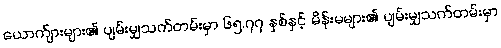
ယောက်ျားများ၏ ပျမ်းမျှသက်တမ်းမှာ ၆၅.၇၇ နှစ်နှင့် မိန်းမများ၏ ပျမ်းမျှသက်တမ်းမှာ